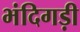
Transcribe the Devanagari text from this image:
भंदिगड़ी